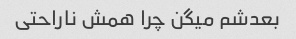
بعدشم میگن چرا همش ناراحتی